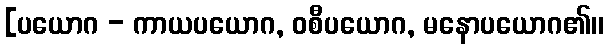
[ပယောဂ - ကာယပယောဂ, ဝစီပယောဂ, မနောပယောဂ၏၊၊